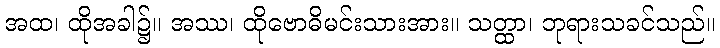
အထ၊ ထိုအခါ၌။ အဿ၊ ထိုဗောဓိမင်းသားအား။ သတ္ထာ၊ ဘုရားသခင်သည်။